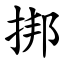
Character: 挷